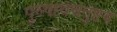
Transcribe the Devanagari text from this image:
पुरुषार्थचतुष्टय